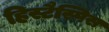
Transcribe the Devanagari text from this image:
हिस्टैस्पिस